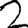
Digit: 2